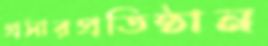
প্রসারপ্রতিষ্ঠান